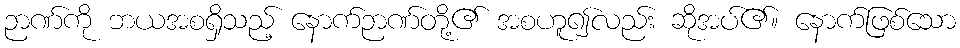
ဉာဏ်ကို ဘယအစရှိသည့် နောက်ဉာဏ်တို့၏ အစဟူ၍လည်း ဆိုအပ်၏။ နောက်ဖြစ်သော